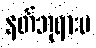
နတ်ဘုရားမ